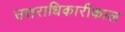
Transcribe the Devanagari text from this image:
उत्तराधिकारीकाल